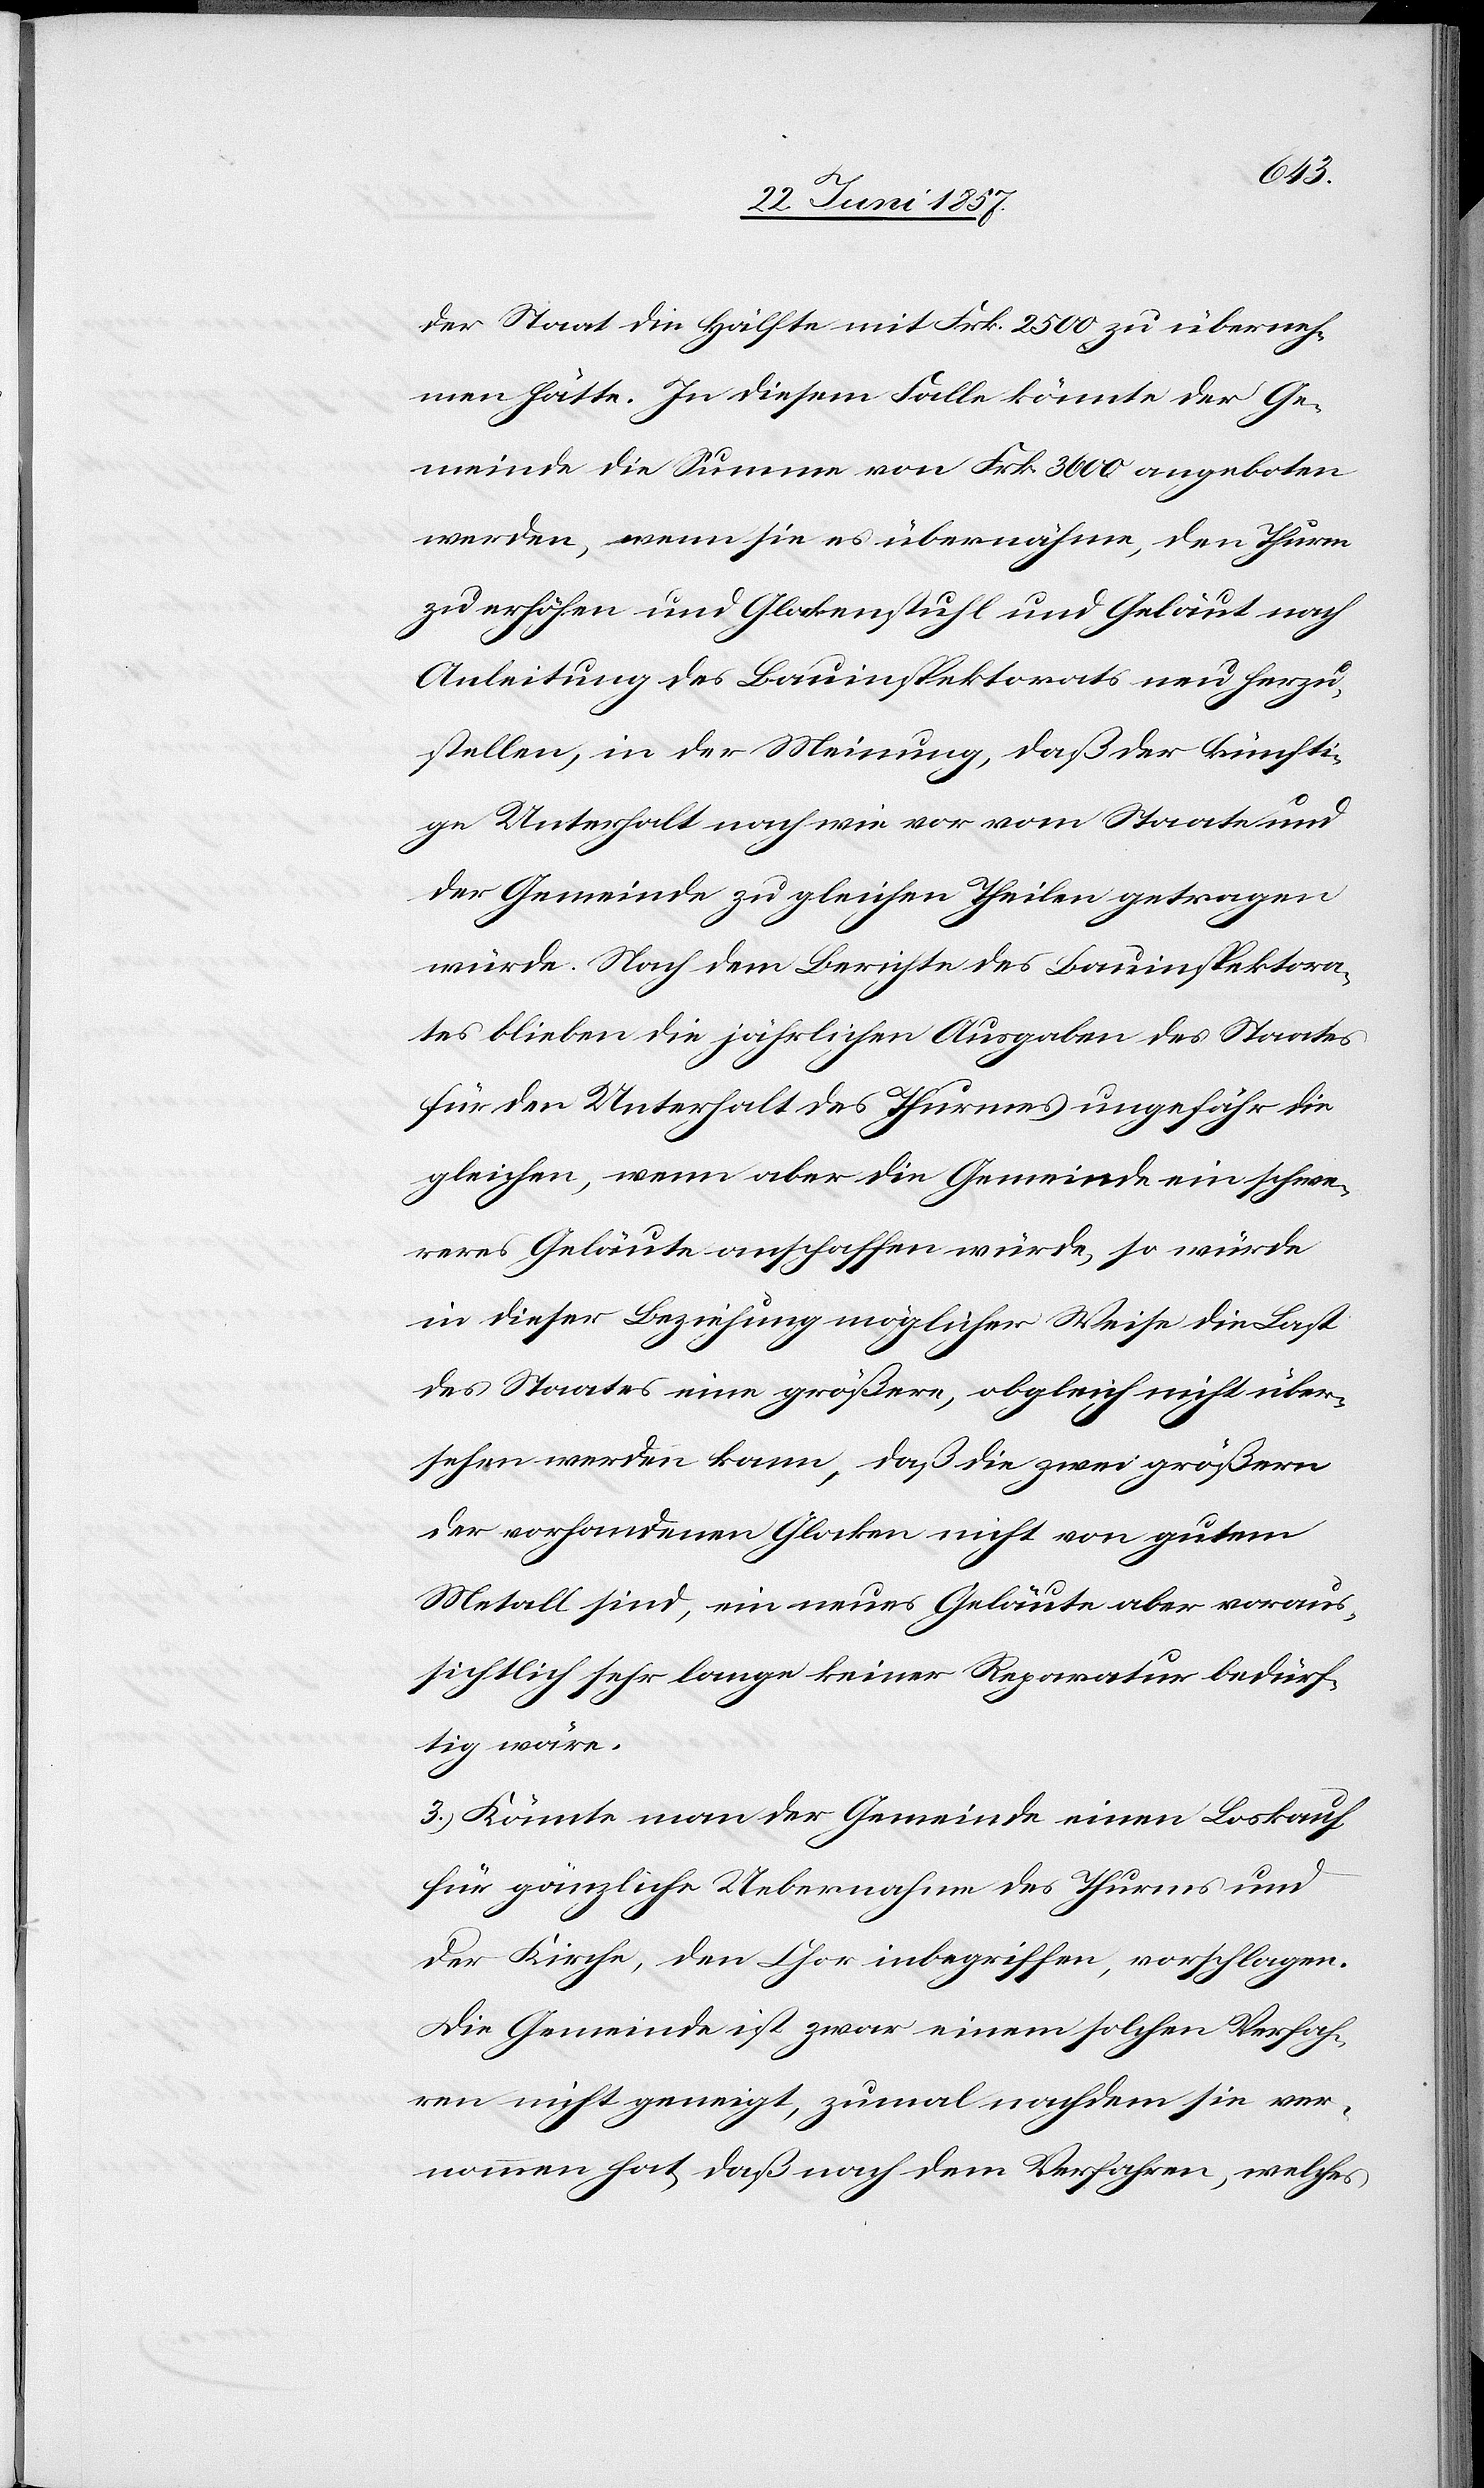
der Staat die Hälfte mit Frk. 2 500 zu überneh¬
men hätte. In diesem Falle könnte der Ge¬
meinde die Summe von Frk. 3 600 angeboten
werden, wenn sie es übernähme, den Thurm
zu erhöhen und Glockenstuhl und Geläut nach
Anleitung des Bauinspektorats neu herzu¬
stellen, in der Meinung, daß der künfti¬
ge Unterhalt nach wie vor vom Staate und
der Gemeinde zu gleichen Theilen getragen
würde. Nach dem Berichte des Bauinspektora¬
tes blieben die jährlichen Ausgaben des Staates
für den Unterhalt des Thurmes ungefähr die
gleichen, wenn aber die Gemeinde ein schwe¬
reres Geläute anschaffen würde, so würde
in dieser Beziehung möglicher Weise die Last
des Staates eine größere, obgleich nicht über¬
sehen werden kann, daß die zwei größern
der vorhandenen Glocken nicht von gutem
Metall sind, ein neues Geläut aber voraus¬
sichtlich sehr lange keiner Reparatur bedürf¬
tig wäre.
3.) Könnte man der Gemeinde einen Loskauf
für gänzliche Uebernahme des Thurms und
der Kirche, den Chor inbegriffen, vorschlagen.
Die Gemeinde ist zwar einem solchen Verfah¬
ren nicht geneigt, zumal nachdem sie ver¬
nommen hat, daß nach dem Verfahren, welches